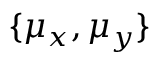
\{ \mu _ { x } , \mu _ { y } \}